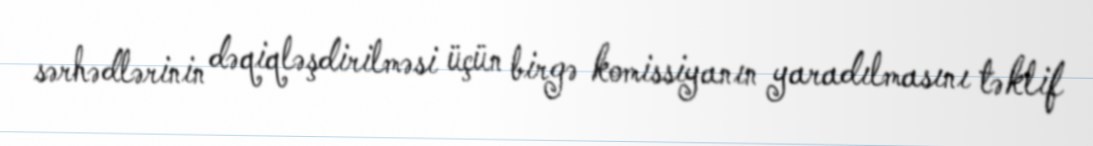
sərhədlərinin dəqiqləşdirilməsi üçün birgə komissiyanın yaradılmasını təklif